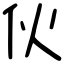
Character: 伙